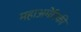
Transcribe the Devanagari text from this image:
महाअमेरिकी